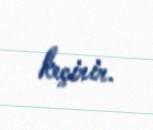
keçirir.